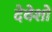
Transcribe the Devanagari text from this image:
देवेशो